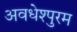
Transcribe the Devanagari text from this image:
अवधेश्पुरम